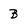
Character: B